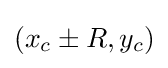
(x_{c}\pm R,y_{c})